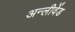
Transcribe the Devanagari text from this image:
अन्लीवेंड